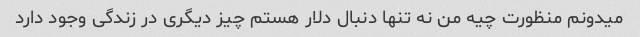
میدونم منظورت چیه من نه تنها دنبال دلار هستم چیز دیگری در زندگی وجود دارد